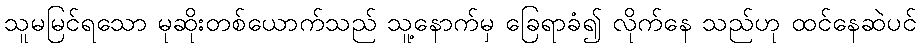
သူမမြင်ရသော မုဆိုးတစ်ယောက်သည် သူ့နောက်မှ ခြေရာခံ၍ လိုက်နေ သည်ဟု ထင်နေဆဲပင်